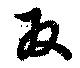
反